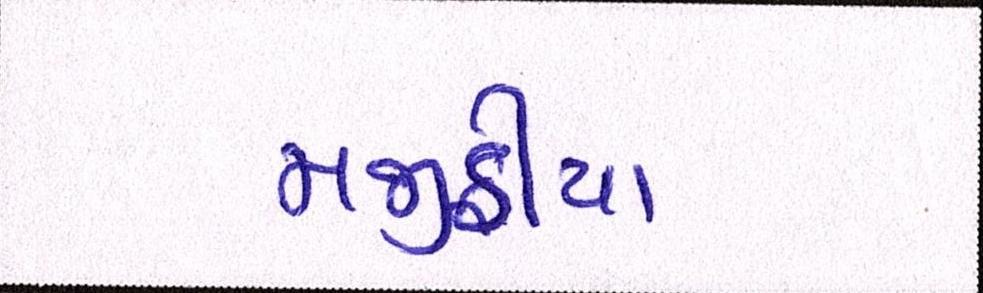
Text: મજીઠીયા